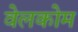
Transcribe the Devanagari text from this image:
वेलकोम